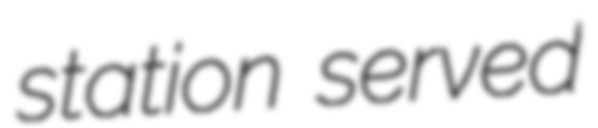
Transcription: station served